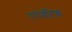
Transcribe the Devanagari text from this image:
एरोबॅटिक